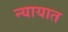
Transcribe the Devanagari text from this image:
न्यायात